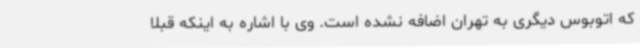
که اتوبوس دیگری به تهران اضافه نشده است. وی با اشاره به اینکه قبلاً